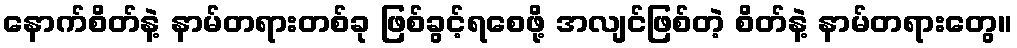
နောက်စိတ်နဲ့ နာမ်တရားတစ်ခု ဖြစ်ခွင့်ရစေဖို့ အလျင်ဖြစ်တဲ့ စိတ်နဲ့ နာမ်တရားတွေ။